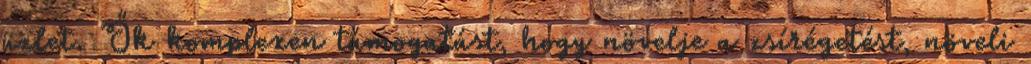
üzlet. Ők komplexen támogatást, hogy növelje a zsírégetést, növeli